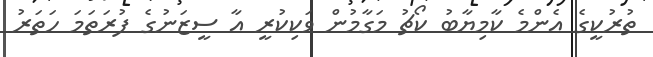
ތުރުކީގެ އެންމެ ކާމިޔާބު ކޯޗު މަގާމުން ވަކިކުރީ އާ ސީޒަނުގެ ފުރަތަމަ ހަތަރު